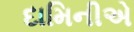
દામિનીએ